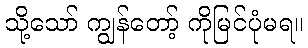
သို့သော် ကျွန်တော့် ကိုမြင်ပုံမရ။